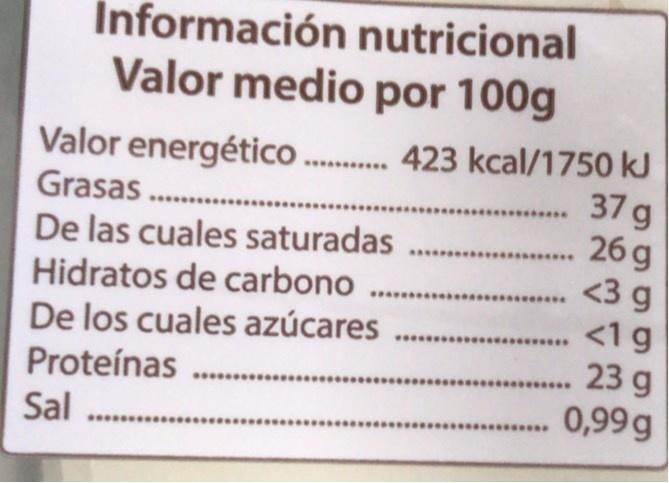
Información nutricional Valor medio por 100g
Valor energético . 423 kcal/1750 kJ 37g 26 g <3 g <1g 23 g
Grasas .
De las cuales saturadas Hidratos de carbono De los cuales azúcares Proteínas .. Sal
...
0,99g